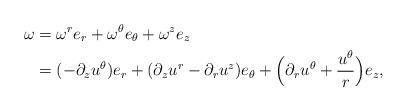
LaTeX: \begin{align*}\omega&=\omega^{r}e_{r}+\omega^{\theta}e_{\theta}+\omega^{z}e_{z}\\&=(-\partial_z u^{\theta})e_{r}+(\partial_{z}u^{r}-\partial_{r}u^{z})e_{\theta}+\Big(\partial_ru^{\theta}+\frac{u^{\theta}}{r}\Big)e_{z},\end{align*}